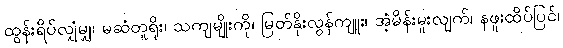
ထွန်းရိပ်လျှံမျှ၊ မဆံတူရိုး၊ သကျမျိုးကို၊ မြတ်နိုးလွန်ကျူး၊ အံ့မိန်းမူးလျက်၊ နဖူးထိပ်ပြင်၊